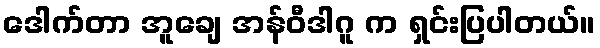
ဒေါက်တာ အူချေ အန်ဝီဒါဂူ က ရှင်းပြပါတယ်။